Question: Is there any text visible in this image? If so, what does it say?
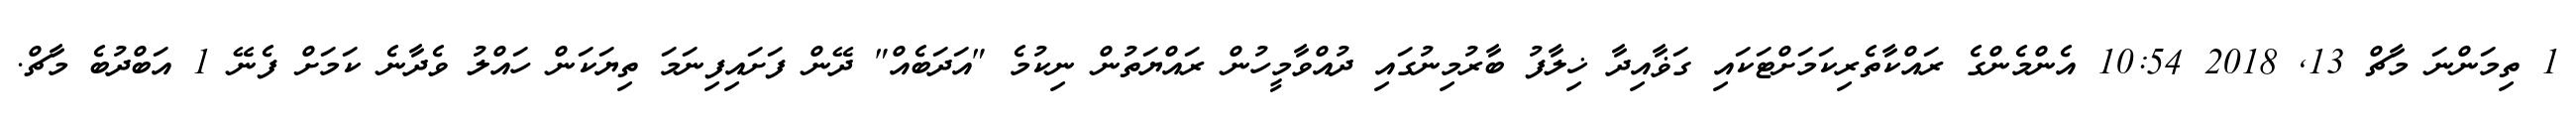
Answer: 1 ތިމަންނަ މާޗް 13, 2018 10:54 އެންމެންގެ ރައްކާތެރިކަމަށްޓަކައި ގަޥާއިދާ ޚިލާފު ބާރުމިނުގައި ދުއްވާމީހުން ރައްޔަތުން ނިކުމެ "އަދަބެއް" ދޭން ފަށައިފިނަމަ ތިޔަކަން ހައްލު ވެދާނެ ކަމަށް ފެނޭ 1 އަބްދުބެ މާޗް.